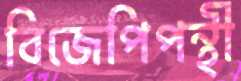
বিজেপিপন্থী